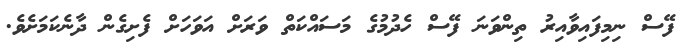
ފޭސް ނިމިފައިވާއިރު ތިންވަނަ ފޭސް ހެދުމުގެ މަސައްކަތް ވަރަށް އަވަހަށް ފެށިގެން ދާނެކަމަށެވެ.